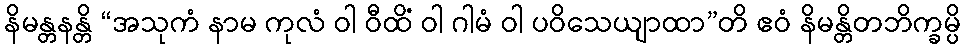
နိမန္တနန္တိ “အသုကံ နာမ ကုလံ ဝါ ဝီထိံ ဝါ ဂါမံ ဝါ ပဝိသေယျာထာ”တိ ဧဝံ နိမန္တိတဘိက္ခမ္ပိ